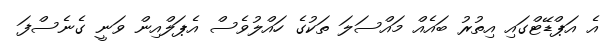
އެ އަޕްޑޭޓްގައި އިތުރު ބައެއް މައްސަލަ ތަކުގެ ހައްލުވެސް އެޕަލްއިން ވަނީ ގެނެސްފަ